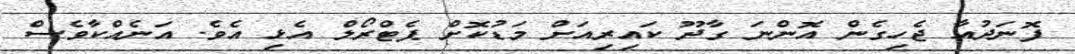
ފޮނަދުއާ ޖެހިގެން އޮންނަ ގާދޫ ކައިރިއަށް މަޑުކޮށް ޕެޓްރޯލް އެޅި އެވެ. އަނެއްކާވެސް